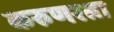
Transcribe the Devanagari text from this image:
करुणरत्ना